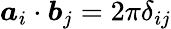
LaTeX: \boldsymbol a_{i}\cdot\boldsymbol b_{j}=2\pi\delta_{ij}